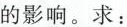
的影响。求：